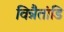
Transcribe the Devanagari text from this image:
विन्नैतांडि